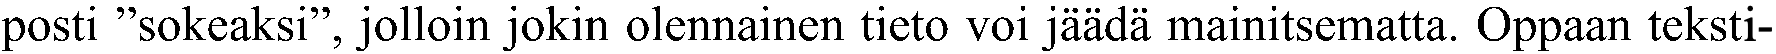
posti ”sokeaksi”, jolloin jokin olennainen tieto voi jäädä mainitsematta. Oppaan teksti-